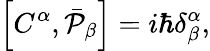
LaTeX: \left[C^{\alpha},\bar{{\cal P}}_{\beta}\right]=i\hbar\delta_{\beta}^{\alpha},